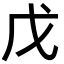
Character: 戊